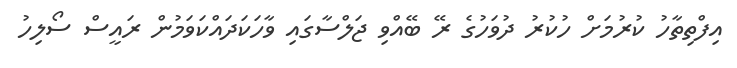
އިފްތިތާހު ކުރުމަށް ހުކުރު ދުވަހުގެ ރޭ ބޭއްވި ޖަލްސާގައި ވާހަކަދައްކަވަމުން ރައީސް ސޯލިހު